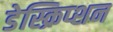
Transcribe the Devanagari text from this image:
डेस्क्रिप्शन